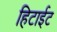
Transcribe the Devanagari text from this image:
हिटाईट